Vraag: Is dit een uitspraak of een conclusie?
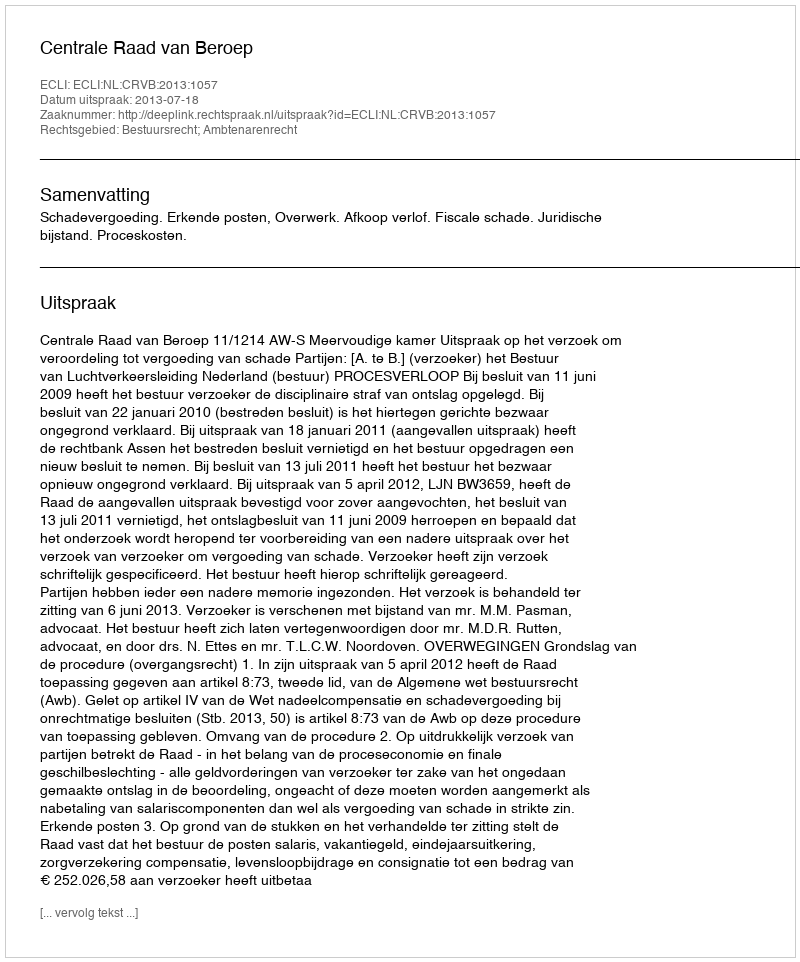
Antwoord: Uitspraak